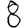
Digit: 8